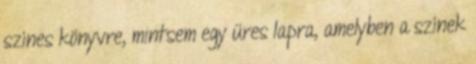
színes könyvre, mintsem egy üres lapra, amelyben a színek